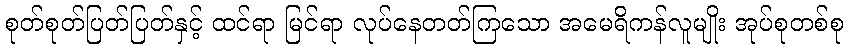
စုတ်စုတ်ပြတ်ပြတ်နှင့် ထင်ရာ မြင်ရာ လုပ်နေတတ်ကြသော အမေရိကန်လူမျိုး အုပ်စုတစ်စု